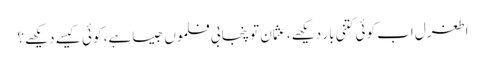
اطغرل اب کوئی کتنی بار دیکھے، عثمان تو پنجابی فلموں جیسا ہے، کوئی کیسے دیکھے؟